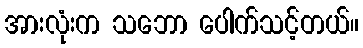
အားလုံးက သဘော ပေါက်သင့်တယ်။